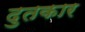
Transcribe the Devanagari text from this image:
दुतकार